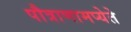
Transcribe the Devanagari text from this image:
पौत्राणामप्येते